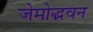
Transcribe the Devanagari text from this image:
जेमोद्भवन